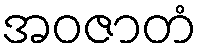
အဝဇာတံ